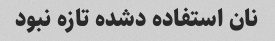
نان استفاده دشده تازه نبود